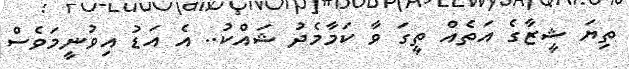
ތިޔަ ޝީޒާގެ އަތެއް ތީގަ ވާ ކަމާމެދު ޝައްކު.. އެ އަޑު އިވުނީމަވެސް